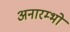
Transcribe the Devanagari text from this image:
अनारम्भो